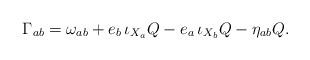
LaTeX: \begin{align*}\Gamma_{ab} = \omega_{ab} +e_b\,\iota_{X_a}Q -e_a\,\iota_{X_b}Q - \eta_{ab} Q.\end{align*}